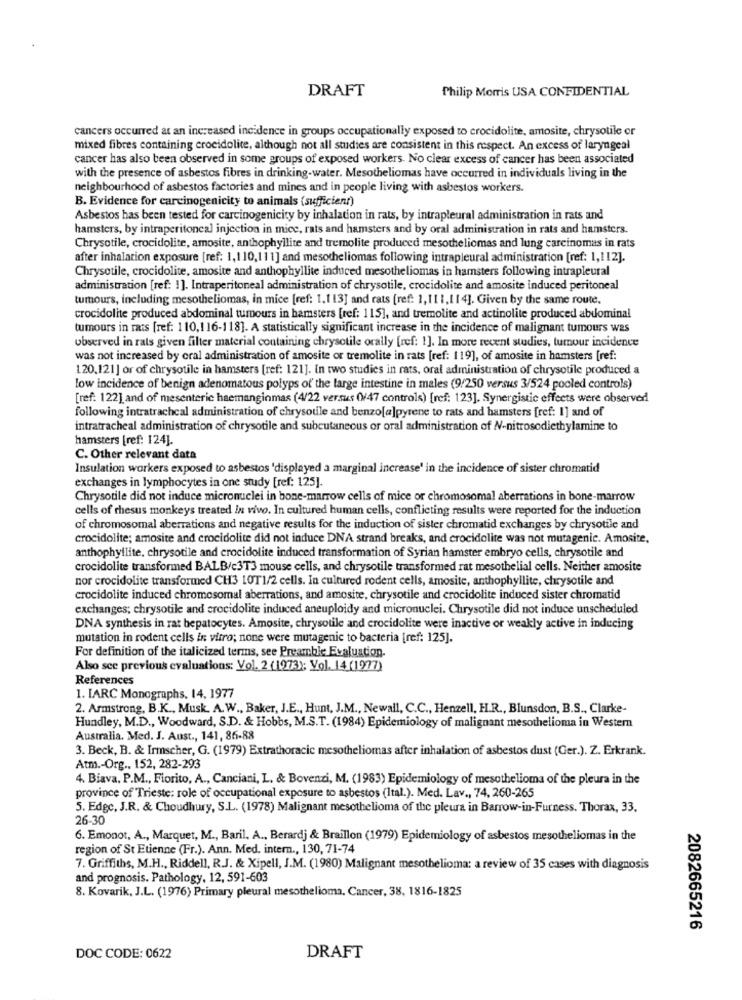
DRAFT
Philip Morris USA CONFIDENTIAL
cancers occurred at an increased incidence in groups occupationally exposed to crocidolite, amosite, chrysotile or
mixed fibres containing crocidolite, although not all studies are consistent in this respect. An excess of laryngeal
cancer has also been observed in some groups of exposed workers. No clear excess of cancer has been associated
with the presence of asbestos fibres in drinking-water. Mesotheliomas have occurred in individuals living in the
neighbourhood of asbestos factories and mines and in people living with asbestos workers.
B. Evidence for carcinogenicity to animals (sufficient)
Asbestos has been tested for carcinogenicity by inhalation in rats, by intrapleural administration in rats and
hamsters, by intraperitoneal injection in mice, rats and hamsters and by oral administration in rats and hamsters.
Chrysotile, crocidolite, amosite, anthophyllite and tremolite produced mesotheliomas and lung carcinomas in rats
after inhalation exposure [ref: 1,110,111] and mesotheliomas following intrapleural administration [ref: 1,112].
Chrysotile, crocidolite, amosite and anthophyllite induced mesotheliomas in hamsters following intrapleural
administration [ref: 1]. Intraperitoneal administration of chrysotile, crocidolite and amosite induced peritoneal
tumours, including mesotheliomas, in mice [ref: 1.113] and rats [ref: 1,111,114]. Given by the same route.
crocidolite produced abdominal tumours in hamsters [ref: 115], and tremolite and actinolite produced abdominal
tumours in rats [ref: 110,116-118]. A statistically significant increase in the incidence of malignant tumours was
observed in rats given filter material containing chrysotile orally [ref: 1]. In more recent studies, tumour incidence
was not increased by oral administration of amosite or tremolite in rats [ref: 119], of amosite in hamsters [ref:
120,121] or of chrysotile in hamsters [ref: 121]. In two studies in rats, oral administration of chrysotile produced a
low incidence of benign adenomatous polyps of the large intestine in males (9/250 versus 3/524 pooled controls)
[ref. 122] and of mesenteric haemanginmas (4/22 versus 0/47 controls) [ref: 123]. Synergistic effects were observed
following intratrachcal administration of chrysoule and benzo[a]pyrene to rats and hamsters [ref: 1] and of
intratracheal administration of chrysotile and subcutaneous or oral administration of N-nitrosodiethylamine to
hamsters [ref: 124].
C. Other relevant data
Insulation workers exposed to asbestos 'displayed a marginal increase' in the incidence of sister chromatid
exchanges in lymphocytes in one study [ref: 125].
Chrysotile did not induce micronuclei in bone-marrow cells of mice or chromosomal aberrations in bone-marrow
cells of rhesus monkeys treated in vivo. In cultured human cells, conflicting results were reported for the induction
of chromosomal aberrations and negative results for the induction of sister chromatid exchanges by chrysotile and
crocidolite; amosite and crocidolite did not induce DNA strand breaks, and crocidolite was not mutagenic. Amosite,
anthophyllite. chrysotile and crocidolite induced transformation of Syrian hamster embryo cells, chrysotile and
crocidolite transformed BALB/c3T3 mouse cells, and chrysotile transformed rat mesothelial cells. Neither amosite
nor crocidolite transformed CH3 10T1/2 cells. In cultured rodent cells, amosite, anthophyllite, chrysotile and
crocidolite induced chromosomal aberrations, and amosite, chrysotile and crocidolite induced sister chromatid
exchanges; chrysotile and crocidolite induced aneuploidy and micronuclei. Chrysotile did not induce unscheduled
DNA synthesis in rat hepatocytes. Amosite, chrysotile and crocidolite were inactive or weakly active in inducing
mutation in rodent cells in vitro; none were mutagenic to bacteria [ref: 125].
For definition of the italicized terms, see Preamble Evaluation.
Also see previous evaluations: Vol. 2 (1973); Vol. 14 (1977)
References
1. IARC Monographs. 14, 1977
2. Armstrong, B.K ., Musk. A.W ., Baker, J.E ., Hunt, J.M ., Newall, C.C ., Henzell, H.R ., Blunsdon, B.S ., Clarke-
Hundley, M.D ., Woodward, S.D. & Hobbs, M.S.T. (1984) Epidemiology of malignant mesothelioma in Western
Australia. Med. J. Aust ., 141, 86-88
3. Beck, B. & Irmscher, G. (1979) Extrathoracic mesotheliomas after inhalation of asbestos dust (Ger.). Z. Erkrank.
Atm .- Org .. 152, 282-293
4. Biava. P.M ., Fiorito, A ., Canciani, L. & Bovenzi, M. (1983) Epidemiology of mesothelioma of the pleura in the
province of Trieste: role of occupational exposure to asbestos (Ital.). Med. Lav ., 74, 260-265
5. Edge, J.R. & Choudhury, S.L. (1978) Malignant mesothelioma of the pleura in Barrow-in-Furness. Thorax, 33.
26-30
6. Emonot, A ., Marquet, M ., Baril, A ., Berardj & Braillon (1979) Epidemiology of asbestos mesotheliomas in the
region of St Etienne (Fr.). Ann. Med. intern ., 130, 71-74
7. Griffiths, M.H ., Riddell, R.J. & Xipell, J.M. (1980) Malignant mesothelioma: a review of 35 cases with diagnosis
and prognosis. Pathology, 12, 591-603
8. Kovarik, J.L. (1976) Primary pleural mesothelioma, Cancer, 38, 1816-1825
2082665216
DOC CODE: 0622
DRAFT